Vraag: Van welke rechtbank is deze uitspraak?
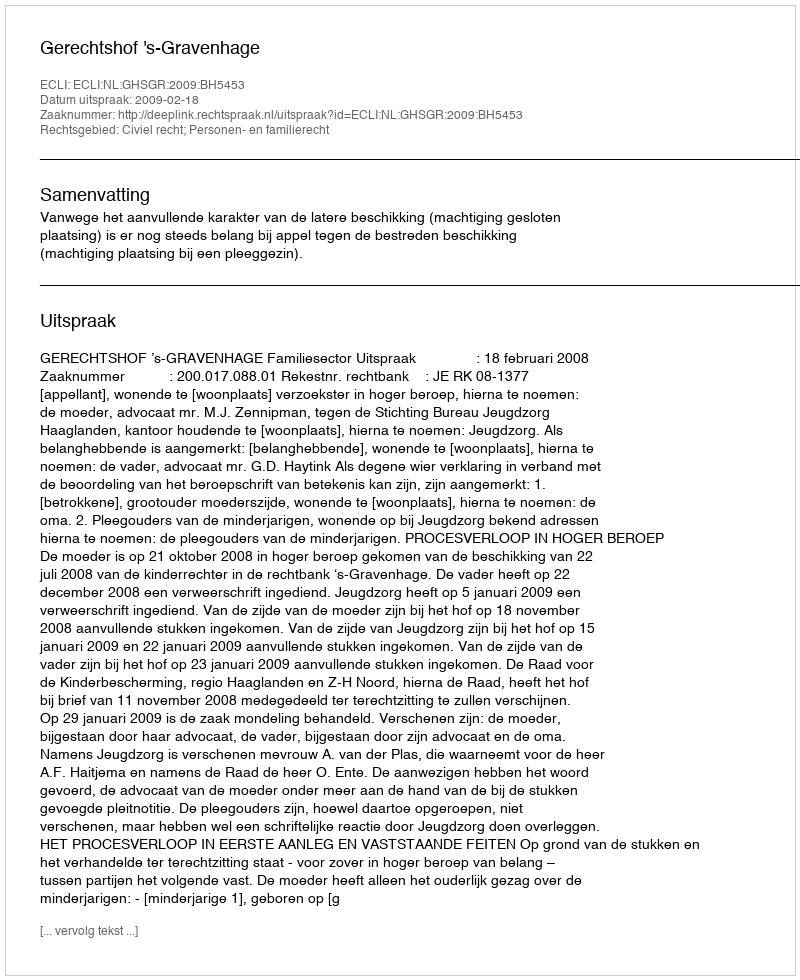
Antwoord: Gerechtshof 's-Gravenhage